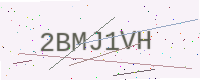
Text: 2BMJ1VH